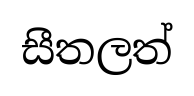
සීතලත්